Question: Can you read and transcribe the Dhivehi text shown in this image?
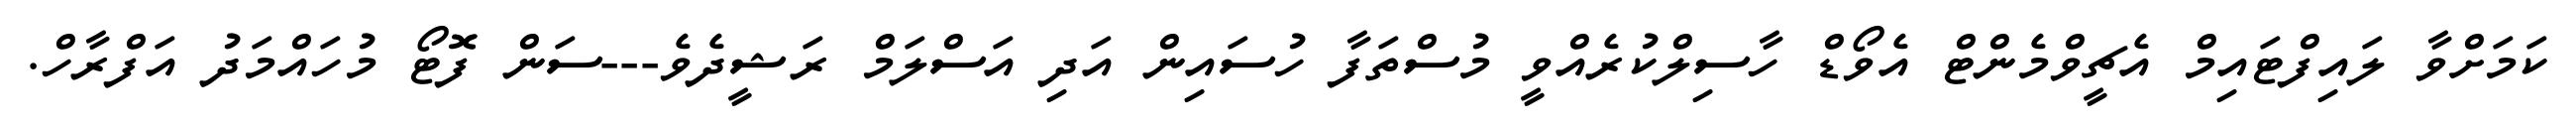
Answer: ކަމަށްވާ ލައިފްޓައިމް އެޗީވްމެންޓް އެވޯޑް ހާސިލްކުރެއްވީ މުސްތަފާ ހުސައިން އަދި އަސްލަމް ރަޝީދެވެ---ސަން ފޮޓޯ މުހައްމަދު އަފްރާހް.